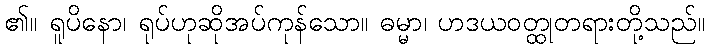
၏။ ရူပိနော၊ ရုပ်ဟုဆိုအပ်ကုန်သော။ ဓမ္မာ၊ ဟဒယဝတ္ထုတရားတို့သည်။